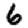
Digit: 6